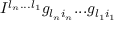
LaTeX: I ^ { l _ { n } . . . l _ { 1 } } g _ { l _ { n } i _ { n } } . . . g _ { l _ { 1 } i _ { 1 } }